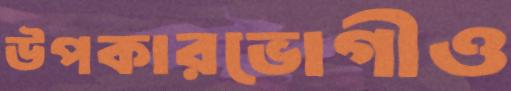
উপকারভোগীও